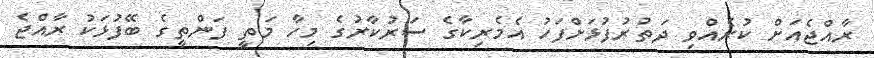
ރާއްޖެއަށް ކުރެއްވި ދަތުރުފުޅަށްފަހު އެމެރިކާގެ ސަރުކާރުގެ މިހާ މަތީ ފަންތީގެ ބޭފުޅަކު ރާއްޖެ